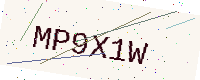
Text: MP9X1W